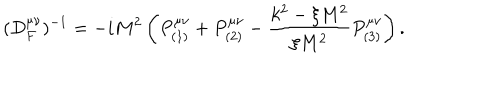
( D _ { F } ^ { \mu \nu } ) ^ { - 1 } = - i M ^ { 2 } \left( P _ { ( 1 ) } ^ { \mu \nu } + P _ { ( 2 ) } ^ { \mu \nu } - \frac { k ^ { 2 } - \xi M ^ { 2 } } { \xi M ^ { 2 } } P _ { ( 3 ) } ^ { \mu \nu } \right) .